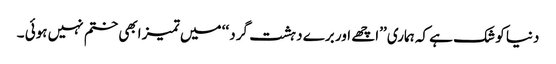
دنیا کو شک ہے کہ ہماری ’’اچھے اور برے دہشت گرد ‘‘ میں تمیز ابھی ختم نہیں ہوئی ۔